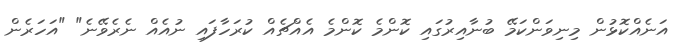
އަނެއްކޮޅުން މިނިވަންކަމޭ ބުނާއިރުގައި ކޮންމެ ކޮންމެ އެއްޗެއް ކުރަހާފައި ނުއެއް ނެރެވޭނެ" "އަހަރެން